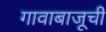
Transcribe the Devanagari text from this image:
गावाबाजूची